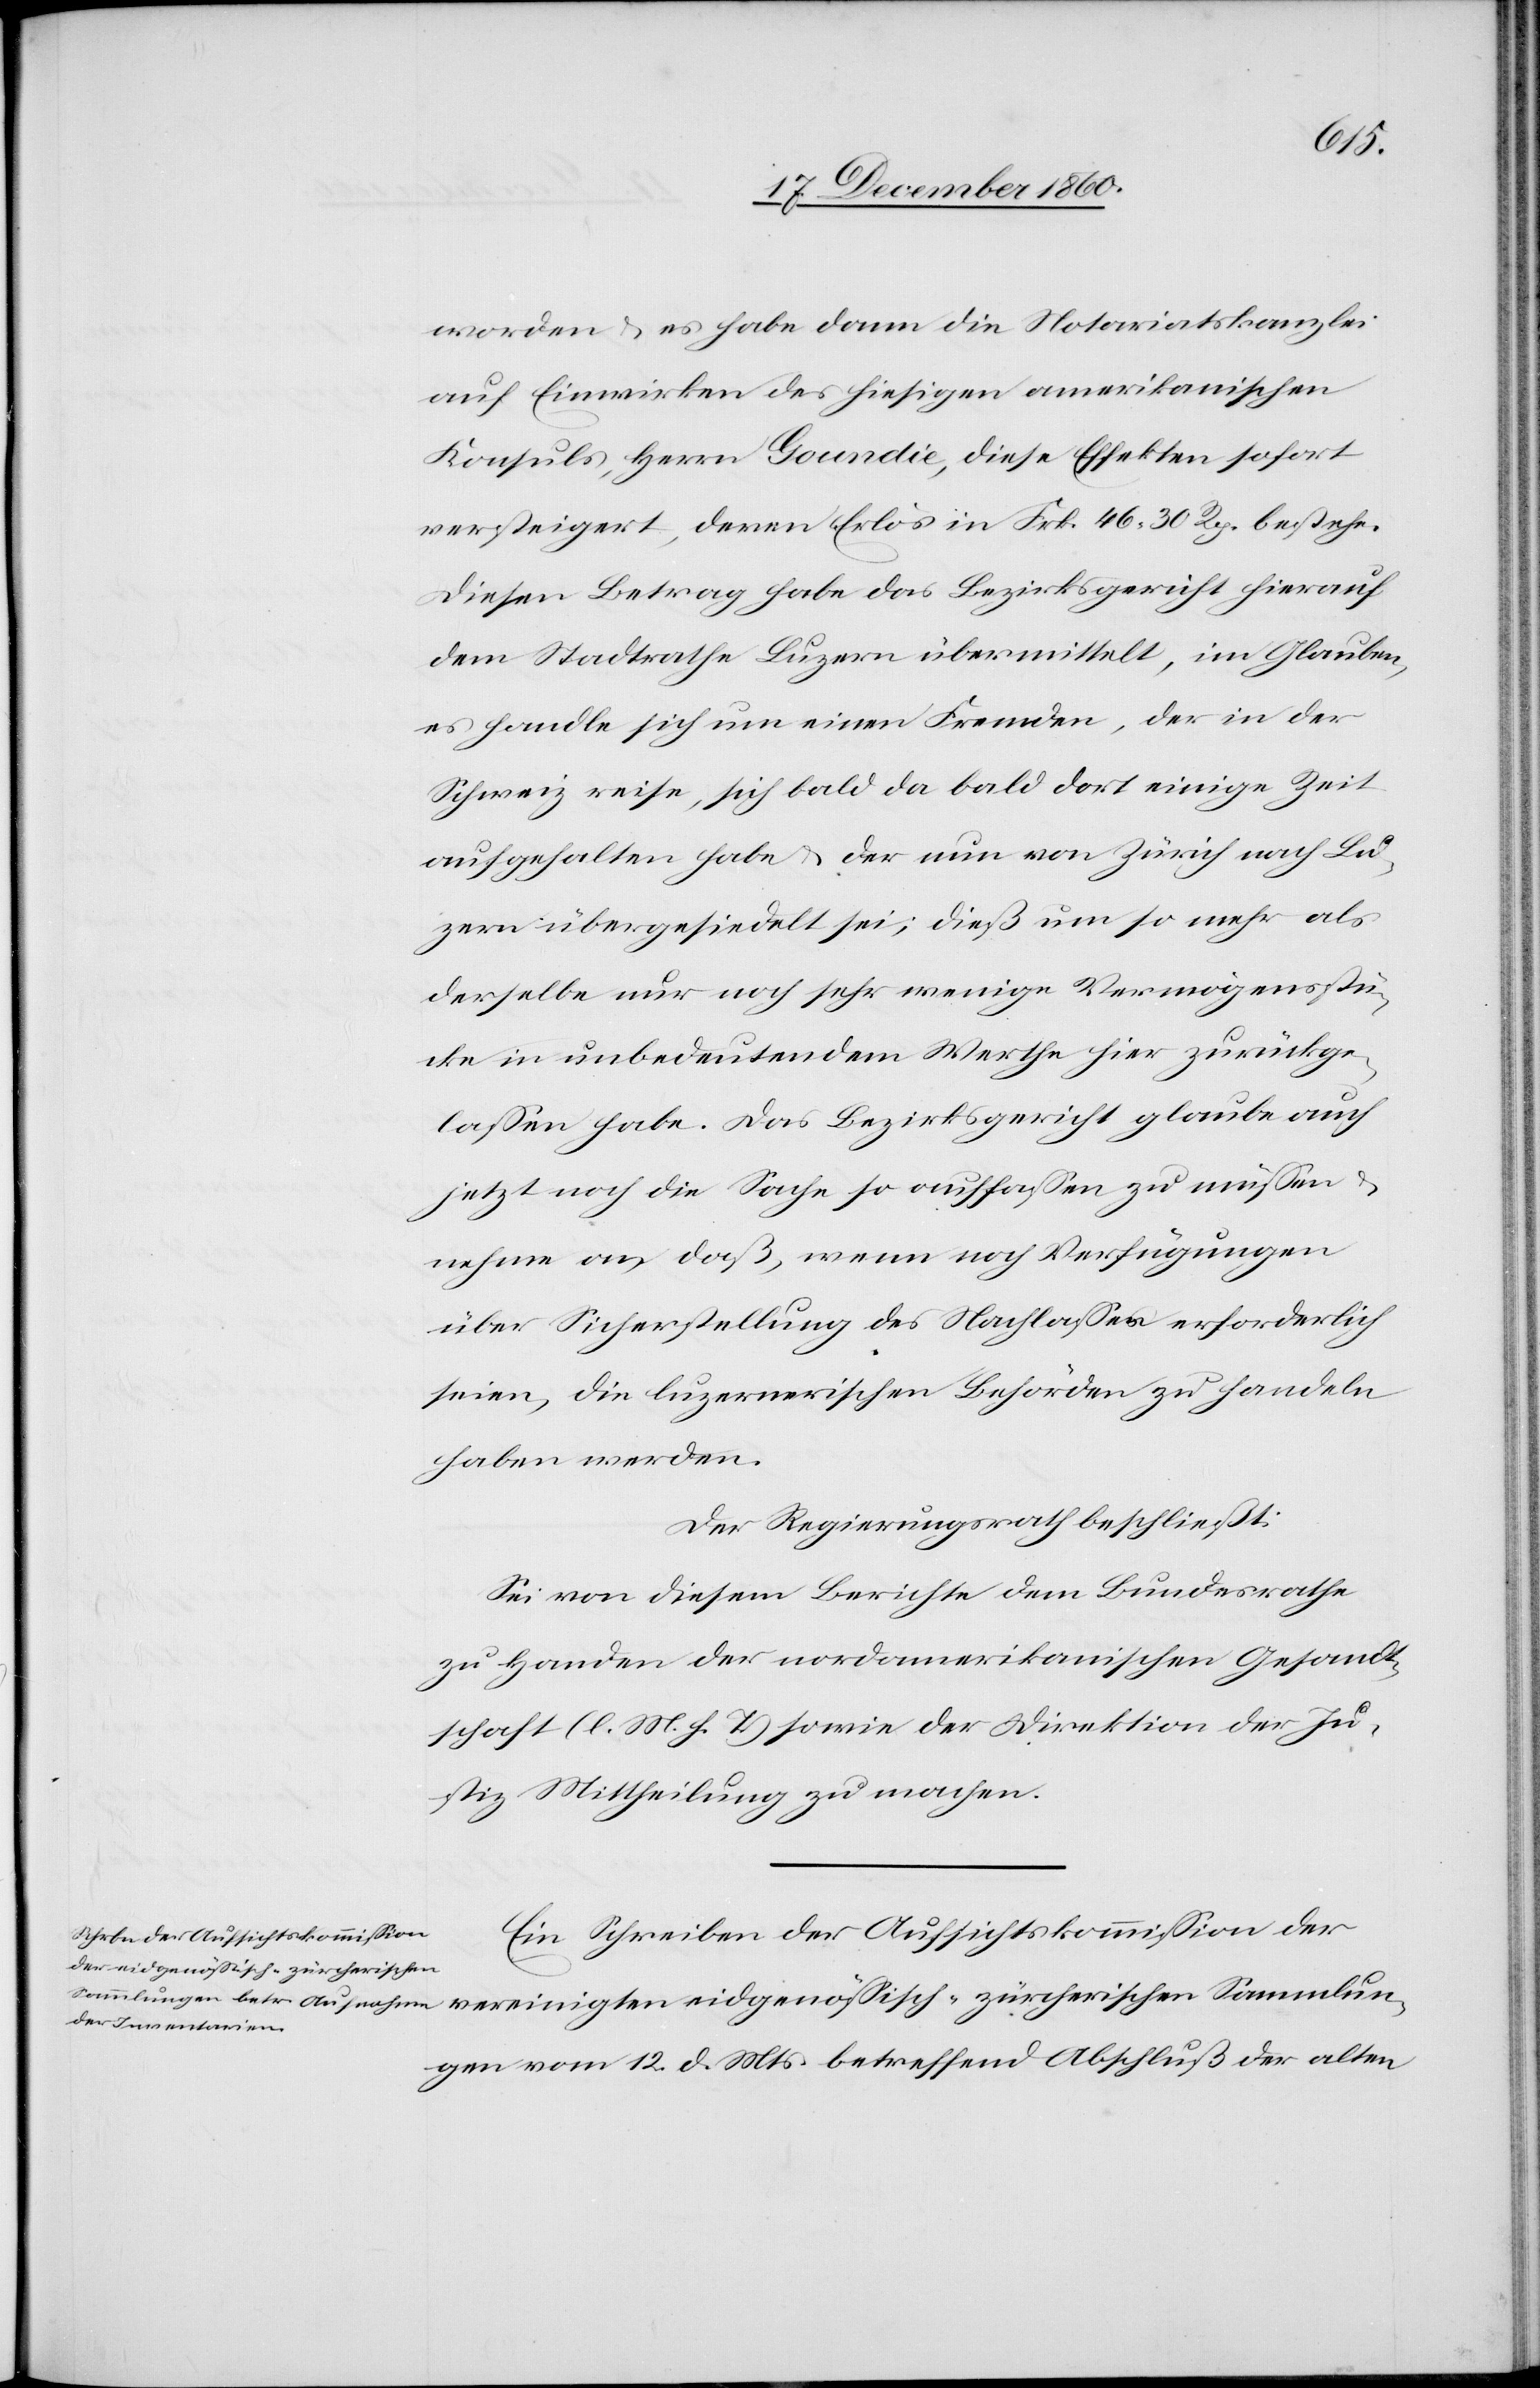
Sammlun¬
worden u. es habe dann die Notariatskanzlei
auf Einwirkung des hiesigen amerikanischen
Konsuls, Herrn Goundie, diese Effekten sofort
versteigert, deren Erlös in Frk. 46 30 Rp. bestehe.
Diesen Betrag habe das Bezirksgericht hierauf
dem Stadtrathe Luzern übermittelt, im Glauben,
es handle sich um einen Fremden, der in der
Schweiz reise, sich bald da bald dort einige Zeit
aufgehalten habe u. der nun von Zürich nach Lu¬
zern übergesiedelt sei, dieß um so mehr als
derselbe nur noch sehr wenige Vermögensstü¬
cke in unbedeutendem Werthe hier zurückge¬
lassen habe. Das Bezirksgericht glaube auch
jetzt noch die Sache so auffassen zu müssen u.
nehme an, daß, wenn noch Verfügungen
über Sicherstellung des Nachlasses erforderlich
seien, die luzernischen Behörden zu handeln
haben werden.
Der Regierungsrath beschließt:
Sei von diesem Berichte dem Bundesrathe
zu Handen der nordamerikanischen Gesandt¬
schaft (l. M. h. T.) sowie der Direktion der Ju¬
stiz Mittheilung zu machen.
Ein Schreiben der Aufsichtkommission der
ten eidgenössisch-zürcherischen
gen vom 12. d. Mts. betreffend Abschluß der alten